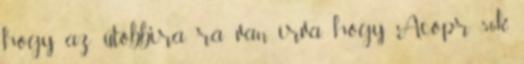
hogy az utóbbira rá van írva, hogy Acopr 56k.